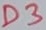
Text: D3